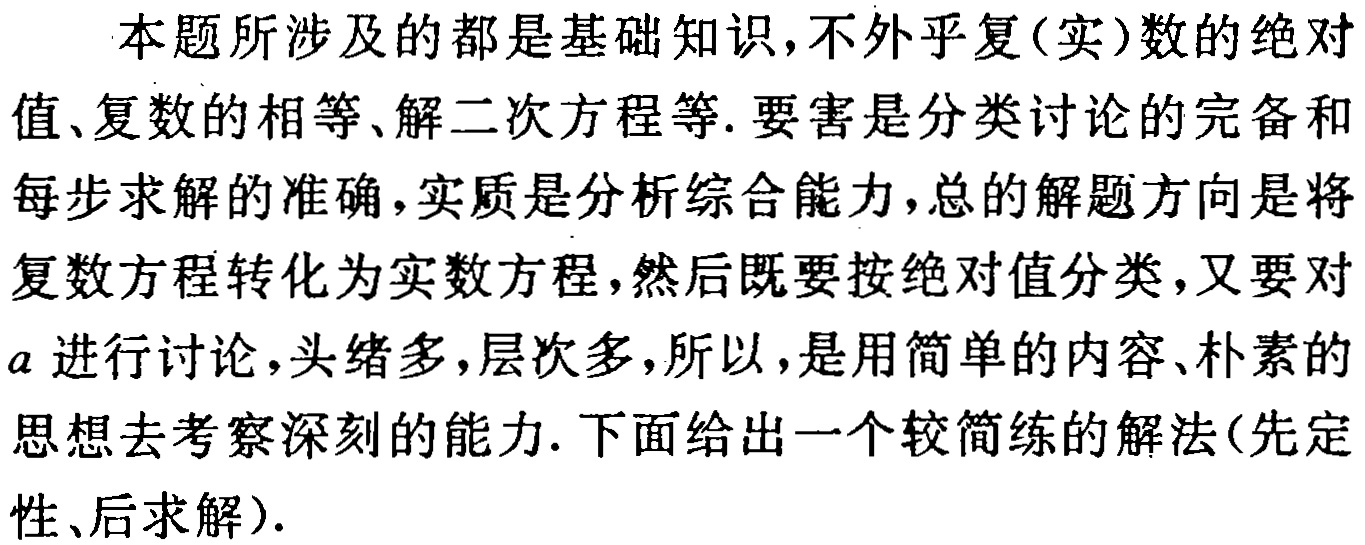
本题所涉及的都是基础知识,不外乎复(实)数的绝对值、复数的相等、解二次方程等.要害是分类讨论的完备和每步求解的准确,实质是分析综合能力,总的解题方向是将复数方程转化为实数方程,然后既要按绝对值分类,又要对\(a\)进行讨论,头绪多,层次多,所以,是用简单的内容、朴素的思想去考察深刻的能力.下面给出一个较简练的解法(先定性、后求解).